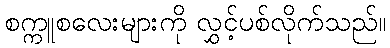
စက္ကူစလေးများကို လွှင့်ပစ်လိုက်သည်။